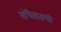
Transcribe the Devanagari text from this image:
संधिवाताची